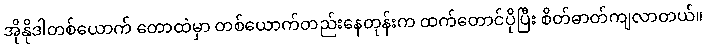
အိုနိုဒါတစ်ယောက် တောထဲမှာ တစ်ယောက်တည်းနေတုန်းက ထက်တောင်ပိုပြီး စိတ်ဓာတ်ကျလာတယ်။